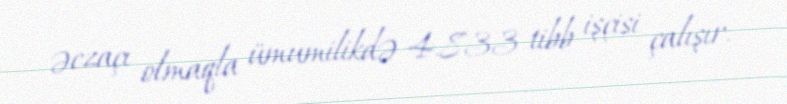
əczaçı olmaqla ümumilikdə 4.833 tibb işçisi çalışır.